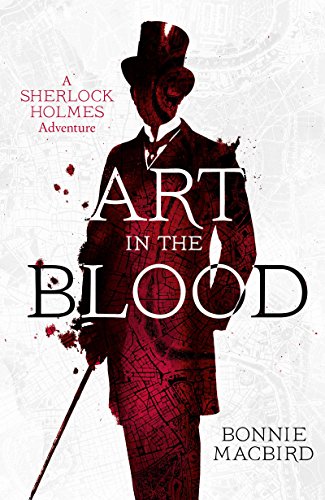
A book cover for Art in the Blood: A Sherlock Holmes Adventure (Sherlock Holmes Adventures); Bonnie MacBird; Mystery, Thriller & Suspense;